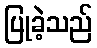
ပြုခဲ့သည်